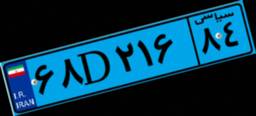
۴۲D۳۱۲۶۶